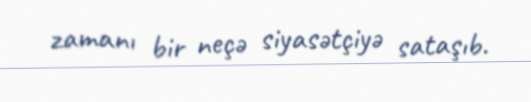
zamanı bir neçə siyasətçiyə sataşıb.